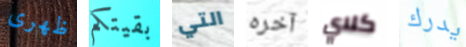
ظهرى بقيتكم التي آخره كلاي يدرك